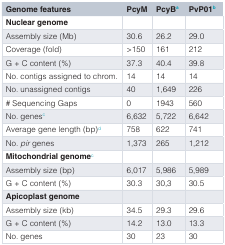
<table><thead><tr><td><b>Genome features</b></td><td><b>PcyM</b></td><td><b>PcyB<sup>a</sup></b></td><td><b>PvP01<sup>b</sup></b></td></tr></thead><tbody><tr><td><b>Nuclear genome</b></td><td></td><td></td><td></td></tr><tr><td>Assembly size (Mb)</td><td>30.6</td><td>26.2</td><td>29.0</td></tr><tr><td>Coverage (fold)</td><td>&gt;150</td><td>161</td><td>212</td></tr><tr><td>G + C content (%)</td><td>37.3</td><td>40.4</td><td>39.8</td></tr><tr><td>No. contigs assigned to chrom.</td><td>14</td><td>14</td><td>14</td></tr><tr><td>No. unassigned contigs</td><td>40</td><td>1,649</td><td>226</td></tr><tr><td># Sequencing Gaps</td><td>0</td><td>1943</td><td>560</td></tr><tr><td>No. genes<sup>c</sup></td><td>6,632</td><td>5,722</td><td>6,642</td></tr><tr><td>Average gene length (bp)<sup>d</sup></td><td>758</td><td>622</td><td>741</td></tr><tr><td>No.<i>pir</i> genes</td><td>1,373</td><td>265</td><td>1,212</td></tr><tr><td><b>Mitochondrial genome</b><sup>c</sup></td><td></td><td></td><td></td></tr><tr><td>Assembly size (bp)</td><td>6,017</td><td>5,986</td><td>5,989</td></tr><tr><td>G + C content (%)</td><td>30.3</td><td>30,3</td><td>30.5</td></tr><tr><td><b>Apicoplast genome</b></td><td></td><td></td><td></td></tr><tr><td>Assembly size (kb)</td><td>34.5</td><td>29.3</td><td>29.6</td></tr><tr><td>G + C content (%)</td><td>14.2</td><td>13.0</td><td>13.3</td></tr><tr><td>No. genes</td><td>30</td><td>23</td><td>30</td></tr></tbody></table>